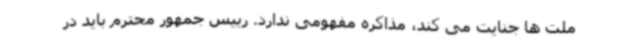
ملت ها جنایت می کند، مذاکره مفهومی ندارد. رییس جمهور محترم باید در